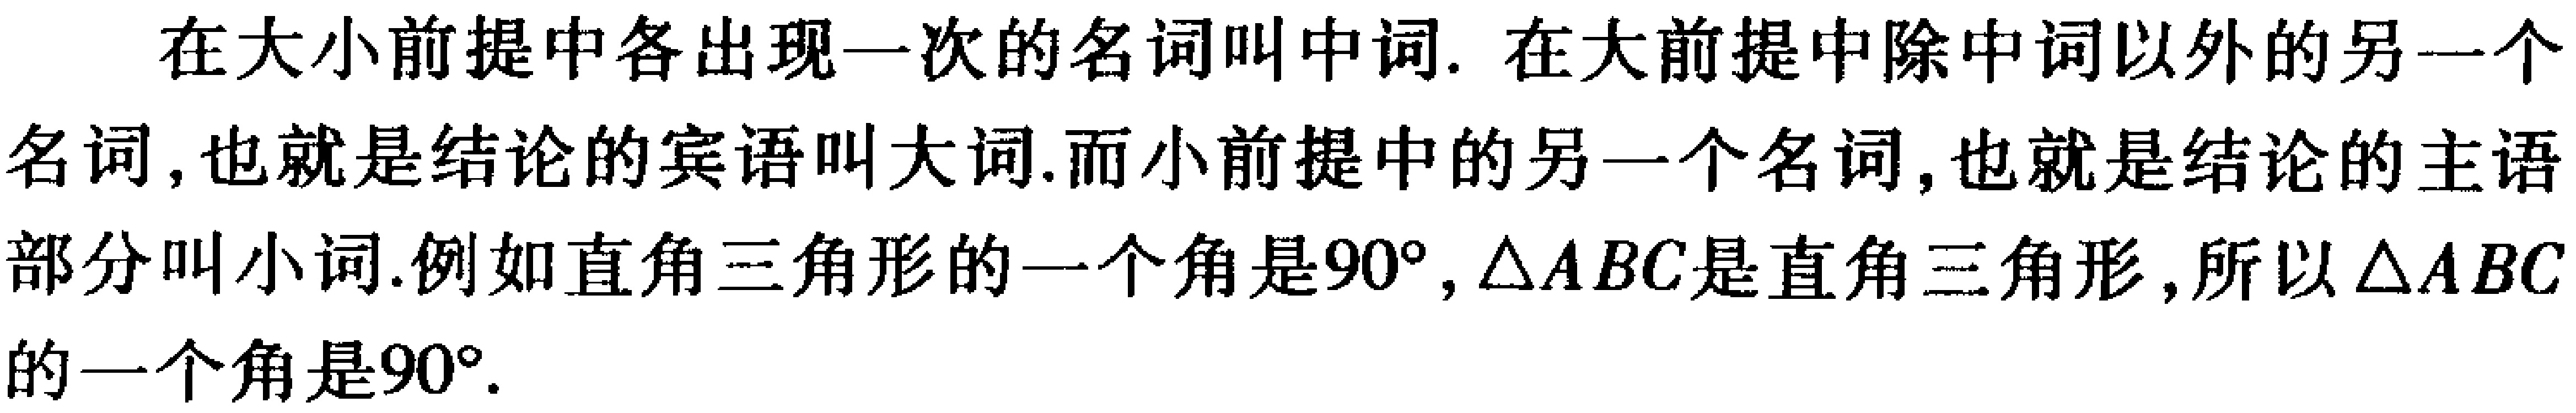
在大小前提中各出现一次的名词叫中词. 在大前提中除中词以外的另一个名词, 也就是结论的宾语叫大词.而小前提中的另一个名词, 也就是结论的主语部分叫小词.例如直角三角形的一个角是\(90^{\circ}\), \(\triangle ABC\)是直角三角形,所以\(\triangle ABC\)的一个角是\(90^{\circ}\).